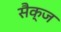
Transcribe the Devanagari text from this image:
सैक्ज